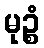
မုဉ္စံ